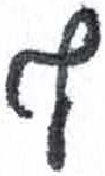
אות: ף